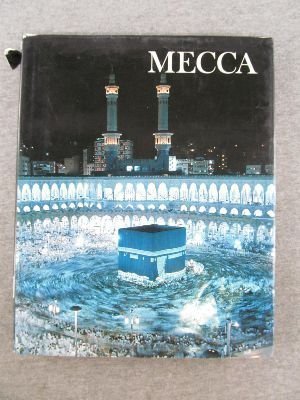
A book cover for Mecca; Desmond Stirling Stewart; Religion & Spirituality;